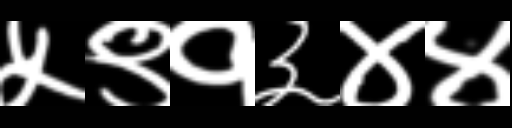
Text: ५९१३४४